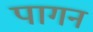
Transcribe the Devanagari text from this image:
पागन